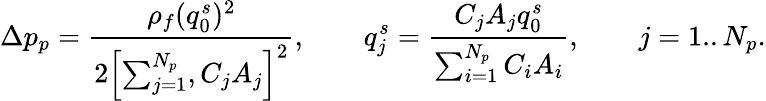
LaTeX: \Delta p_{p}=\frac{\rho_{f}(q_{0}^{s})^{2}}{2\Bigl[\sum_{j=1}^{N_{p}},C_{j}A_{j}\Bigr]^{2}},\qquad q_{j}^{s}=\frac{C_{j}A_{j}q_{0}^{s}}{\sum_{i=1}^{N_{p}}C_{i}A_{i}},\qquad j=1..N_{p}.